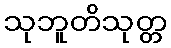
သုဘူတိသုတ္တ